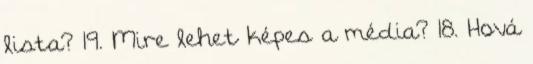
lista? 19. Mire lehet képes a média? 18. Hová